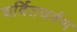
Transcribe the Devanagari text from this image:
चर्वितचर्वण